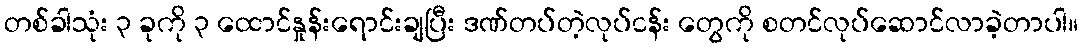
တစ်ခါသုံး ၃ ခုကို ၃ ထောင်နှုန်းရောင်းချပြီး ဒဏ်တပ်တဲ့လုပ်ငန်း တွေကို စတင်လုပ်ဆောင်လာခဲ့တာပါ။